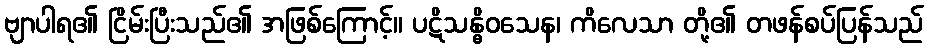
ဗျာပါရ၏ ငြိမ်းပြီးသည်၏ အဖြစ်ကြောင့်။ ပဋိသန္ဓိဝသေန၊ ကိလေသာ တို့၏ တဖန်စပ်ပြန်သည်